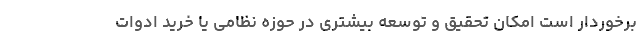
برخوردار است امکان تحقیق و توسعه بیشتری در حوزه نظامی یا خرید ادوات